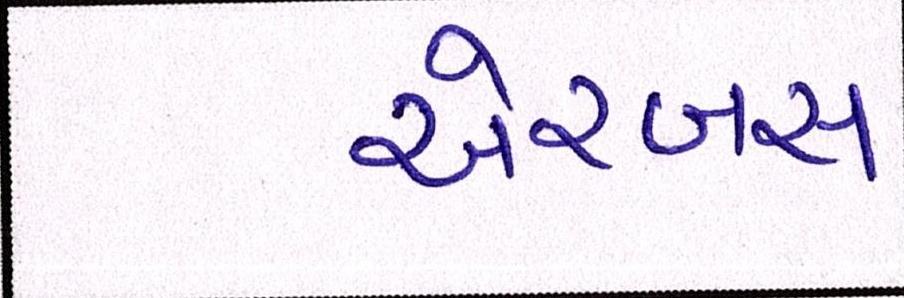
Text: એરબસ